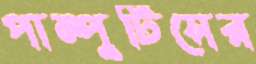
পাম্পুটিসের